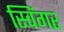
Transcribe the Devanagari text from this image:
स्विंगर